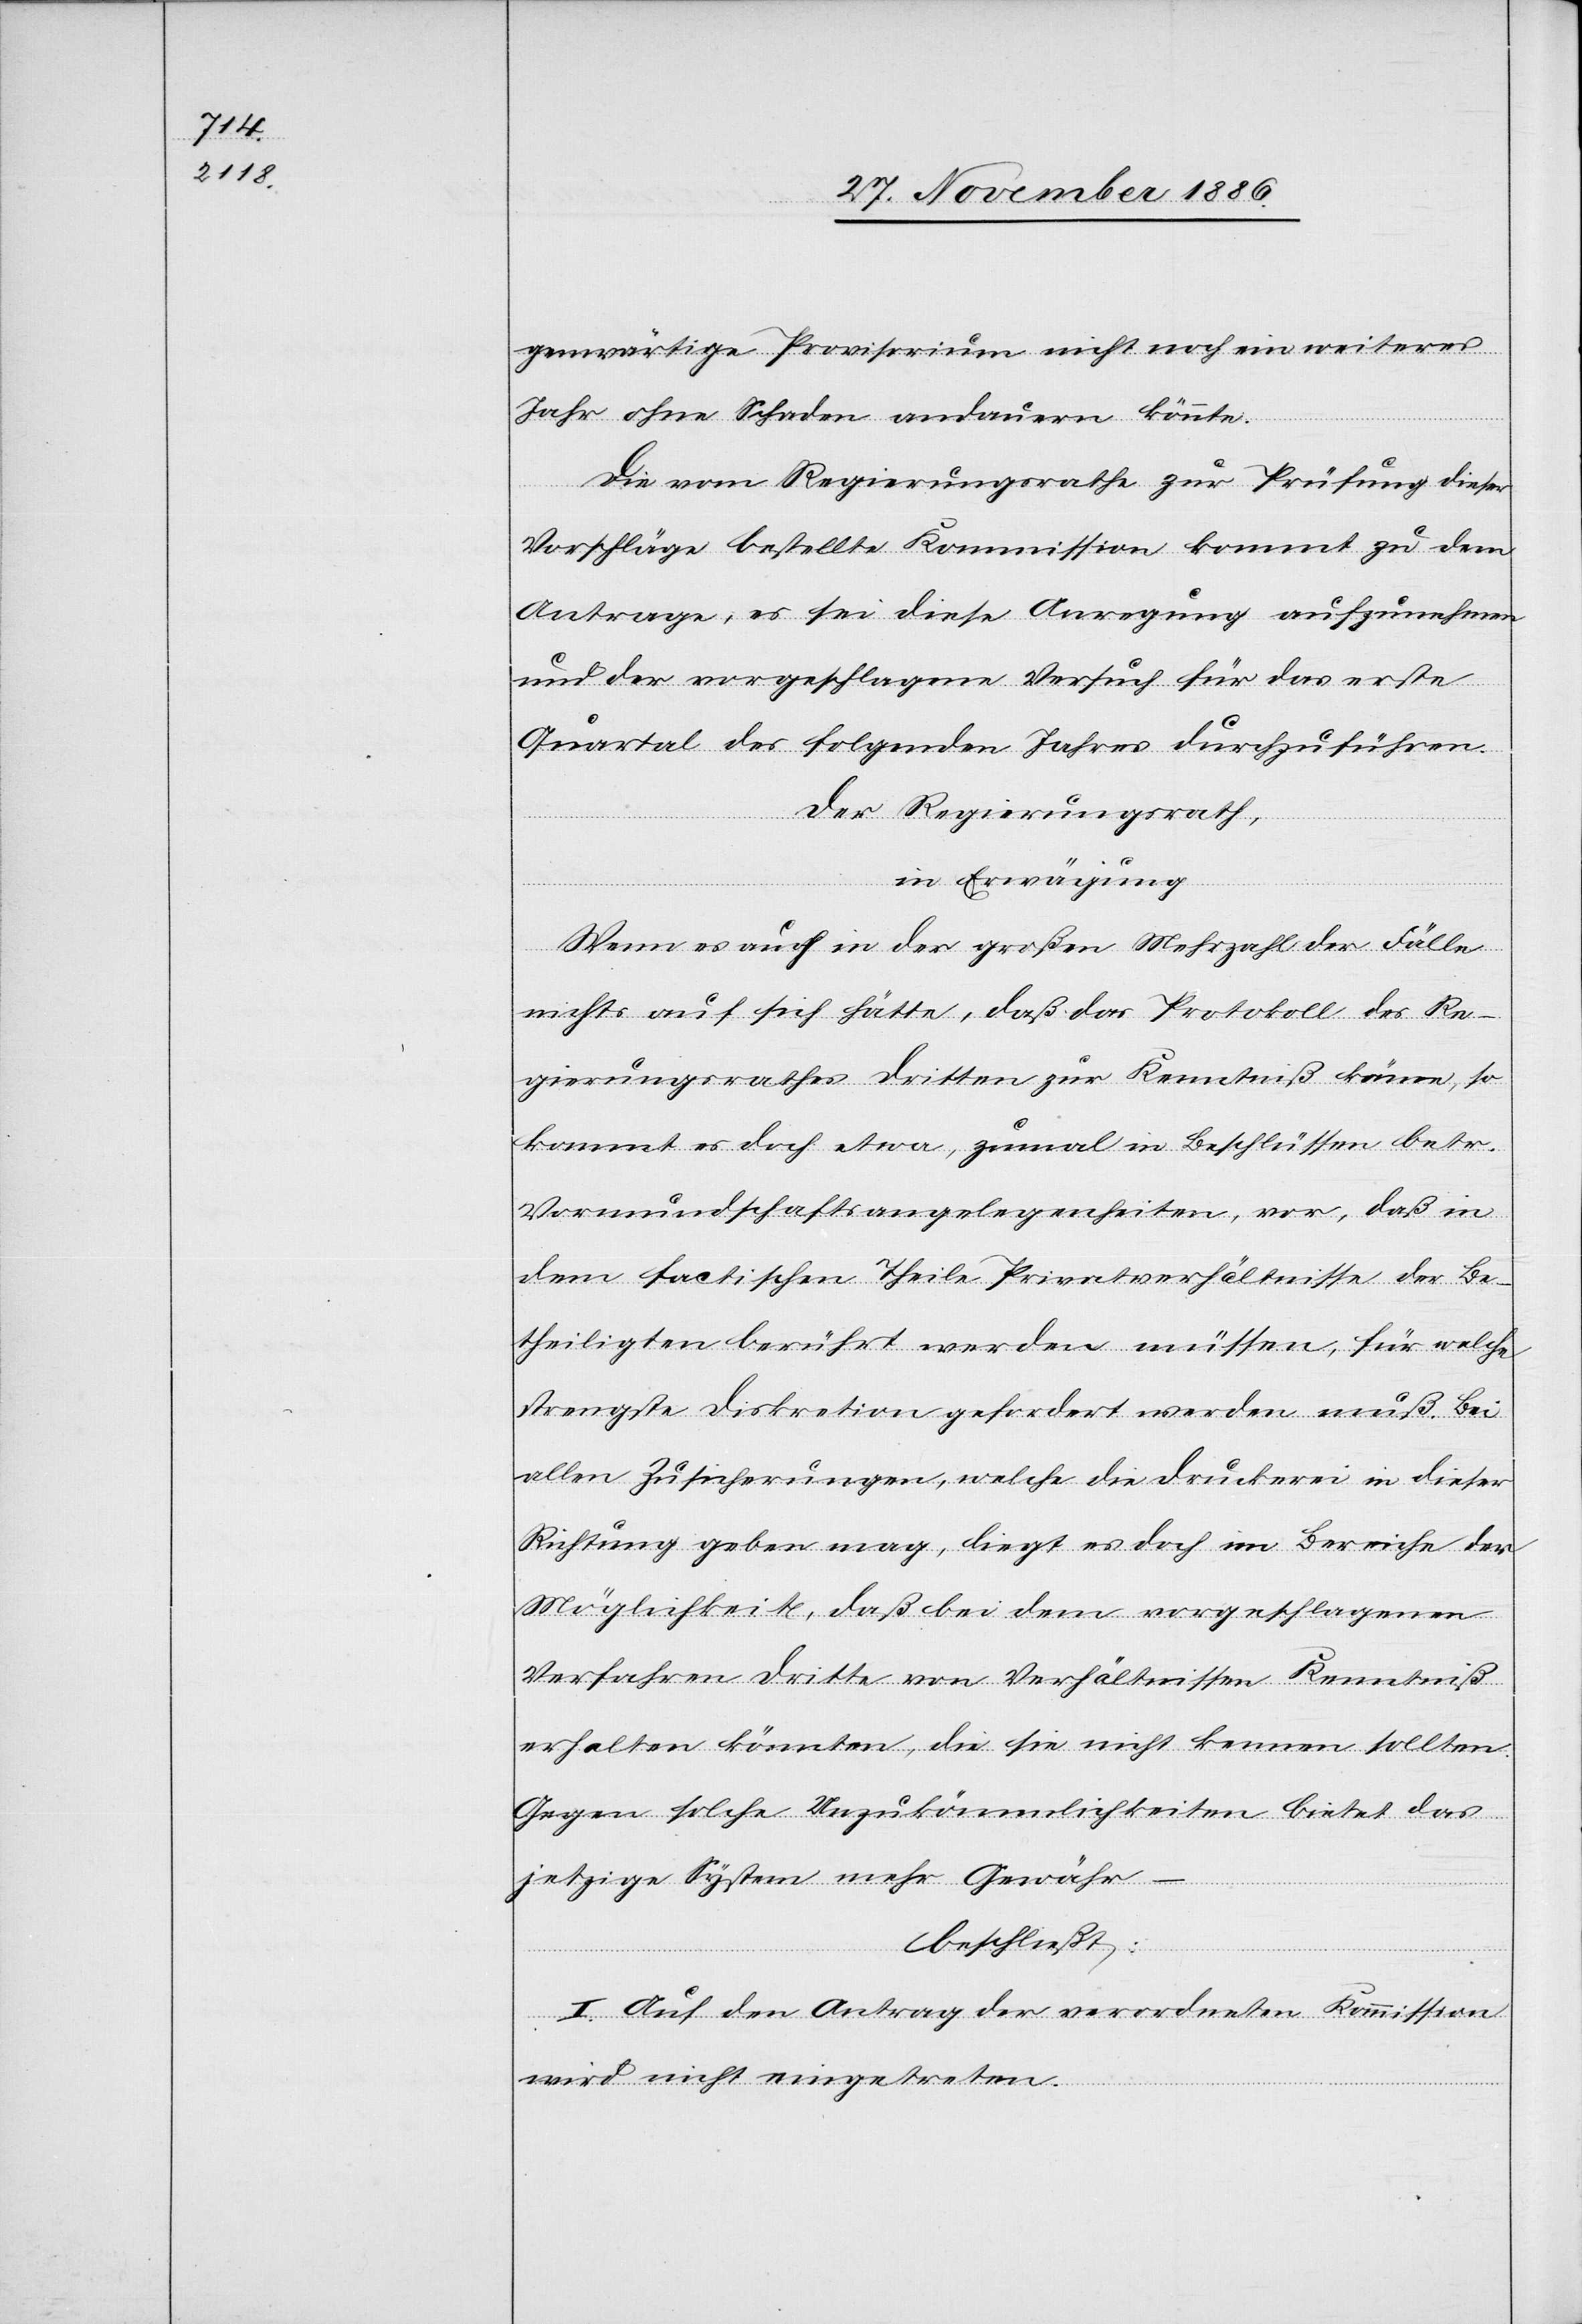
genwärtige Provisorium nicht noch ein weiteres
Jahr ohne Schaden andauern könnte.
Die vom Regierungsrathe zur Prüfung dieser
Vorschläge bestellte Kommission kommt zu dem
Antrage, es sei diese Anregung aufzunehmen
und der vorgeschlagene Versuch für das erste
Quartal des folgenden Jahres durchzuführen.
Der Regierungsrath,
in Erwägung
Wenn es auch in der großen Mehrzahl der Fälle
nichts auf sich hätte, daß das Protokoll des Re¬
gierungsrathes Dritten zur Kenntniß könne, so
kommt es doch etwa, zumal in Beschlüssen betr.
Vormundschaftsangelegenheiten, vor, daß in
dem factischen Theile Privatverhältnisse der Be¬
theiligten berührt werden müssen, für welche
strengste Diskretion gefordert werden muß. Bei
allen Zusicherungen, welche die Druckerei in dieser
Richtung geben mag, liegt es doch im Bereiche der
Möglichkeit, daß bei dem vorgeschlagenen
Verfahren Dritte von Verhältnissen Kenntniß
erhalten könnten, die sie nicht kennen sollten.
Gegen solche Unzukömmlichkeiten bietet das
jetzige System mehr Gewähr
beschließt:
I. Auf den Antrag der verordneten Kommission
wird nicht eingetreten.